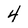
Character: 4